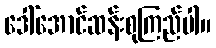
ဒေါ်အောင်ဆန်းစုကြည်ပါ။